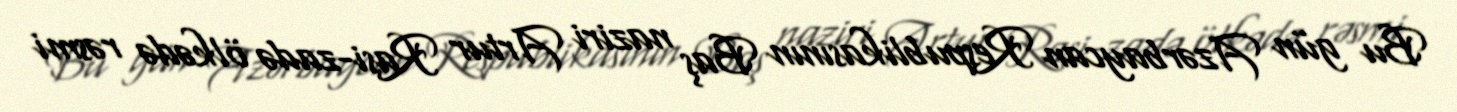
Bu gün Azərbaycan Respublikasının Baş naziri Artur Rasi-zadə ölkədə rəsmi